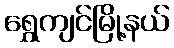
ရွှေကျင်မြို့နယ်